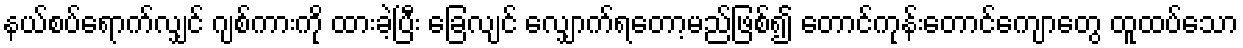
နယ်စပ်ရောက်လျှင် ဂျစ်ကားကို ထားခဲ့ပြီး ခြေလျင် လျှောက်ရတော့မည်ဖြစ်၍ တောင်ကုန်းတောင်ကျောတွေ ထူထပ်သော